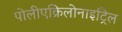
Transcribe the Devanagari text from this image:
पोलीएक्रिलोनाइट्रिल